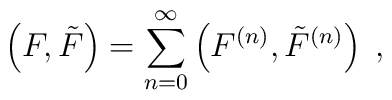
\left(F,{\tilde F} \right)=\sum\limits_{n=0}^{\infty}\left(F^{(n)},{\tilde F}^{(n)}\right)\;,